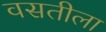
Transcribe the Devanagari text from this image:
वसतीला